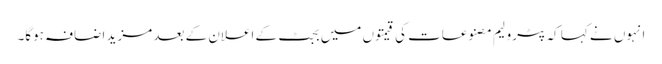
انہوں نے کہا کہ پٹرولیم مصنوعات کی قیمتوں میں بجٹ کے اعلان کے بعد مزید اضافہ ہوگا۔